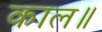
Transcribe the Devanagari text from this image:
काल॥